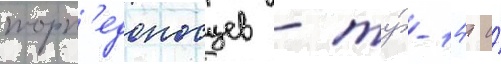
торп'едоносцев - ту́-14т и́